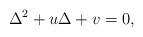
LaTeX: \begin{align*}\Delta^2+u\Delta+v=0,\end{align*}